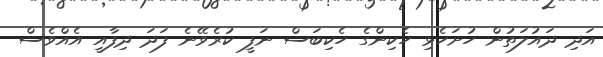
އަދި ދައުލަތުން ހުށަހެޅި ހެކިންގެ ހެކިބަސް ނަފީ ކުރެވޭނެ ފަދަ ދިފާއީ އެއްވެސް